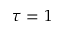
\tau = 1